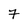
Character: 7